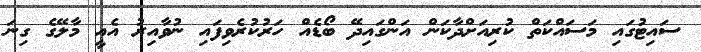
ސައިޓުގައި މަސައްކަތް ކުރިއަށްދާކަން އަންގައިދޭ ބޯޑެއް ހަރުކުރެވިފައި ނުވާއިރު އެއީ މާލޭގެ ގިނަ